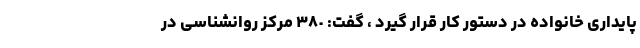
پایداری خانواده در دستور کار قرار گیرد ، گفت: ٣٨٠ مرکز روانشناسی در